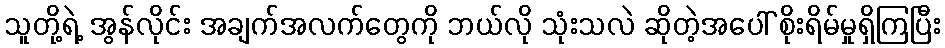
သူတို့ရဲ့ အွန်လိုင်း အချက်အလက်တွေကို ဘယ်လို သုံးသလဲ ဆိုတဲ့အပေါ် စိုးရိမ်မှုရှိကြပြီး